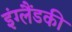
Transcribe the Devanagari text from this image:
इंग्लैंडकी